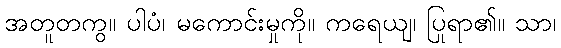
အတူတကွ။ ပါပံ၊ မကောင်းမှုကို။ ကရေယျ၊ ပြုရာ၏။ သာ၊